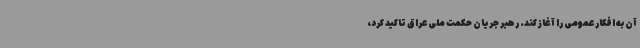
آن به افکار عمومی را آغاز کند. رهبر جریان حکمت ملی عراق تاکید کرد،